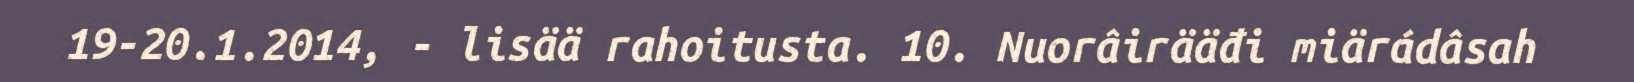
19-20.1.2014, - lisää rahoitusta. 10. Nuorâirääđi miärádâsah